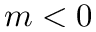
m < 0